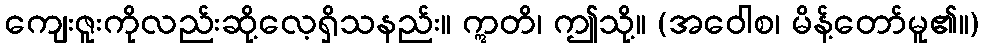
ကျေးဇူးကိုလည်းဆို့လေ့ရှိသနည်း။ ဣတိ၊ ဤသို့။ (အဝေါစ၊ မိန့်တော်မူ၏။)